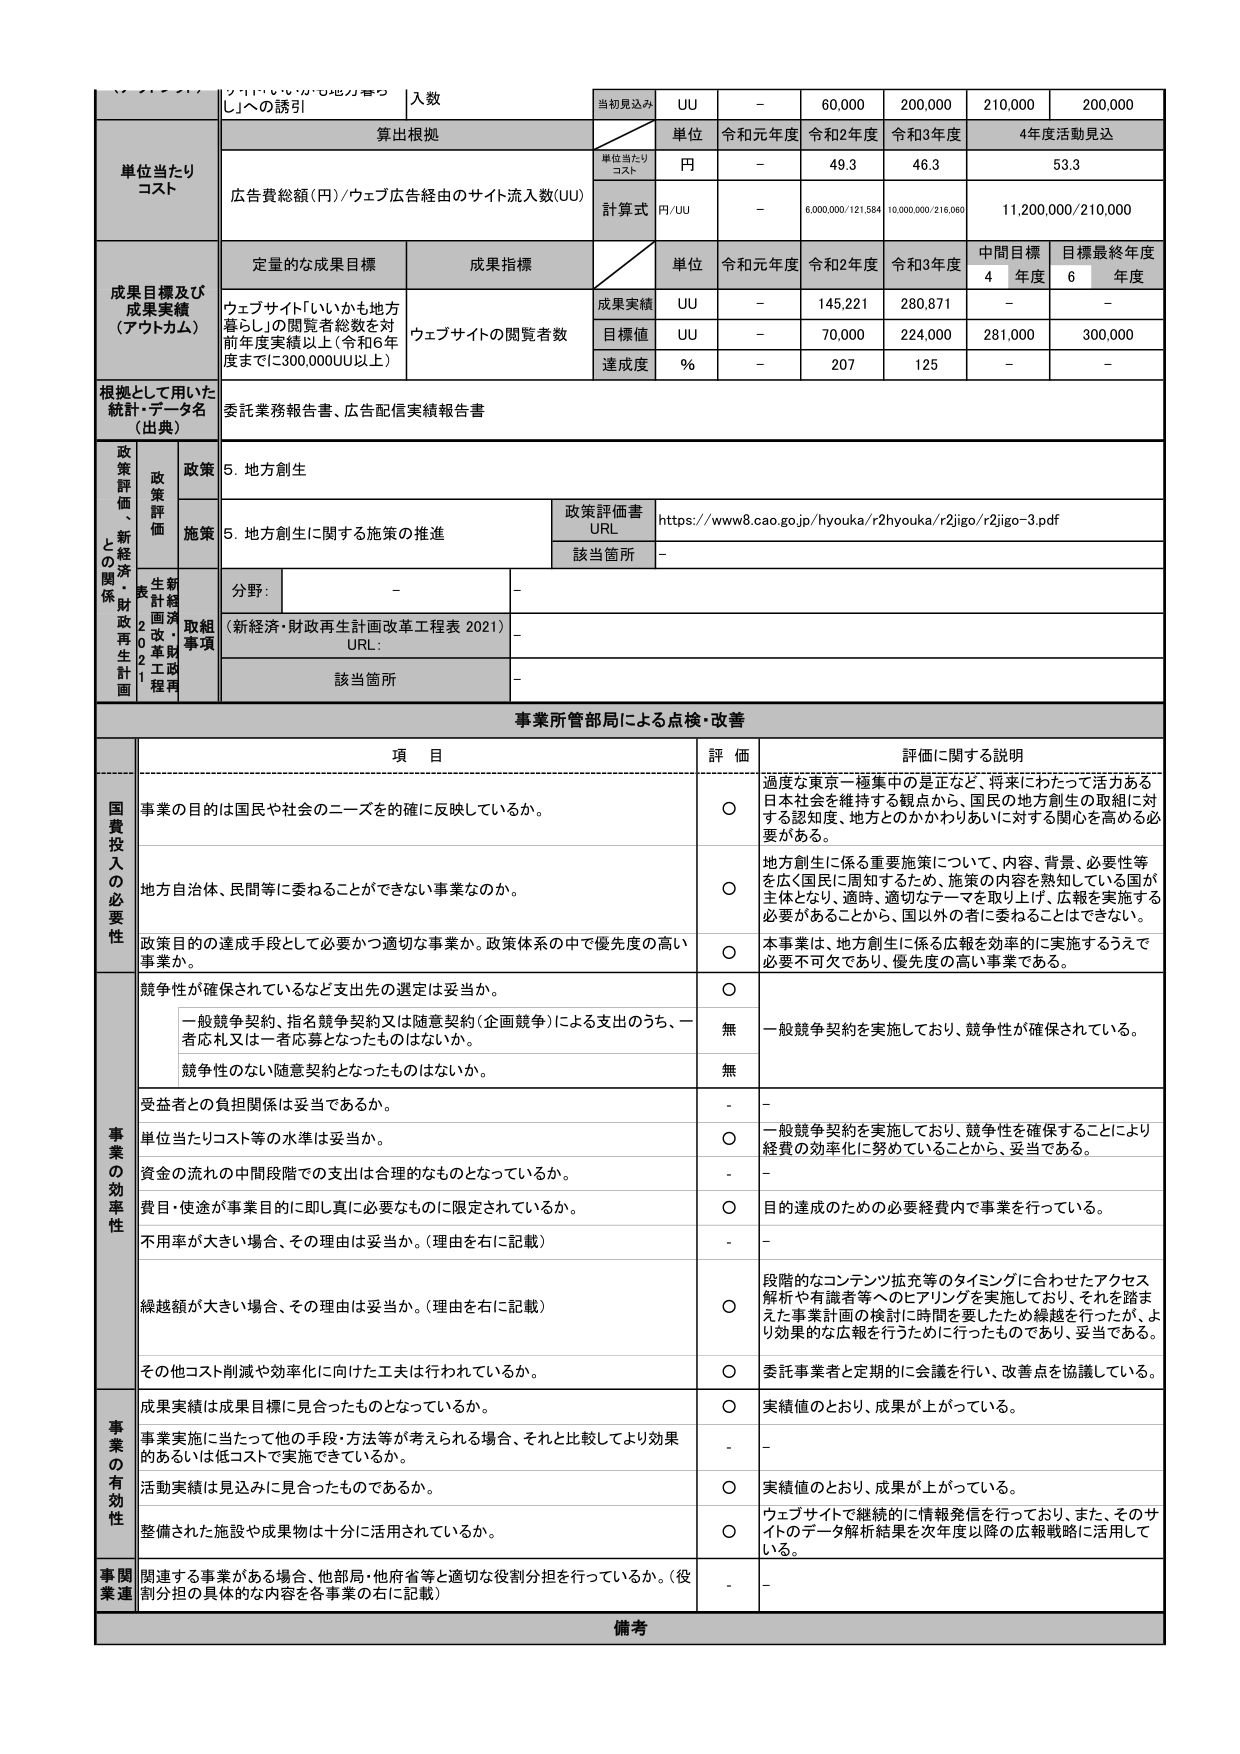
入数
当初見込み
UU
-
60,000
200,000
210,000
200,000

算出根拠
単位
令和元年度
令和2年度
令和3年度
4年度活動見込

単位当たりコスト
円
-
49.3
46.3
53.3

広告費総額（円）／ウェブ広告経由のサイト流入人数(UU)
計算式
円/UU
-
6,000,000/121,584
10,000,000/216,060
11,200,000/210,000

成果目標及び成果実績（アウトカム）
定量的な成果目標
成果指標
単位
令和元年度
令和2年度
令和3年度
中間目標4年度
目標最終年度6年度

ウェブサイト「いいかも地方暮らし」の閲覧者総数を対前年度実績以上（令和6年度までに300,000UU以上）
ウェブサイトの閲覧者数
成果実績
UU
-
145,221
280,871
-
-

目標値
UU
-
70,000
224,000
281,000
300,000

達成度
%
-
207
125
-
-

根拠として用いた統計・データ名（出典）
委託業務報告書、広告配信実績報告書

政策評価・新経済・財政再生計画
政策
5. 地方創生

施策
5. 地方創生に関する施策の推進
政策評価書URL
https://www8.cao.go.jp/hyouka/r2hyouka/r2jigo/r2jigo-3.pdf

該当管所
-

分野：
-
-

（新経済・財政再生計画改革工程表 2021）
URL：
-

該当管所
-

事業所管部局による点検・改善

項目
評価
評価に関する説明

国費投入の必要性
事業の目的は国民や社会のニーズを的確に反映しているか。
○
過度な東京一極集中の是正など、将来にわたって活力ある日本社会を維持する観点から、国民の地方創生の取組に対する認知度、地方とのかかわりあいに対する関心を高める必要がある。

地方自治体、民間等に委ねることができない事業なのか。
○
地方創生に係る重要施策について、内容、背景、必要性等を広く国民に周知するため、施策の内容を熟知している国が主体となり、適時、適切なテーマを取り上げ、広報を実施する必要があることから、国以外の者に委ねることはできない。

政策目的の達成手段として必要かつ適切な事業か。政策体系の中で優先度の高い事業か。
○
本事業は、地方創生に係る広報を効率的に実施するうえで必要不可欠であり、優先度の高い事業である。

事業の効率性
競争性が確保されているなど支出先の選定は妥当か。
○
一般競争契約を実施しており、競争性が確保されている。

一般競争契約、指名競争契約又は随意契約（企画競争）による支出のうち、一者応札又は一者応募となったものはないか。
無
-

競争性のない随意契約となったものはないか。
無
-

受益者との負担関係は妥当であるか。
-
-

単位当たりコスト等の水準は妥当か。
○
一般競争契約を実施しており、競争性を確保することにより経費の効率化に努めていることから、妥当である。

資金の流れの中間段階での支出は合理的なものとなっているか。
-
-

費目・用途が事業目的に即し真に必要なものに限定されているか。
○
目的達成のための必要経費内で事業を行っている。

不用率が大きい場合、その理由は妥当か。（理由を右に記載）
-
-

繰越額が大きい場合、その理由は妥当か。（理由を右に記載）
○
段階的なコンテンツ拡充等のタイミングに合わせたアクセス解析や有識者等へのヒアリングを実施しており、それを踏まえた事業計画の検討に時間を要したため繰越を行ったが、より効果的な広報を行うために行ったものであり、妥当である。

その他コスト削減や効率化に向けた工夫は行われているか。
○
委託事業者と定期的に会議を行い、改善点を協議している。

事業の有効性
成果実績は成果目標に見合ったものとなっているか。
○
実績値のとおり、成果が上がっている。

事業実施に当たって他の手段・方法等が考えられる場合、それと比較してより効果的あるいは低コストで実施できているか。
-
-

活動実績は見込みに見合ったものであるか。
○
実績値のとおり、成果が上がっている。

整備された施設や成果物は十分に活用されているか。
○
ウェブサイトで継続的に情報発信を行っており、また、そのサイトのデータ解析結果を次年度以降の広報戦略に活用している。

事関業連
関連する事業がある場合、他部局・他府省等と適切な役割分担を行っているか。（役割分担の具体的な内容を各事業の右に記載）
-
-

備考